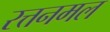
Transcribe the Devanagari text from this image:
रत्तनमल